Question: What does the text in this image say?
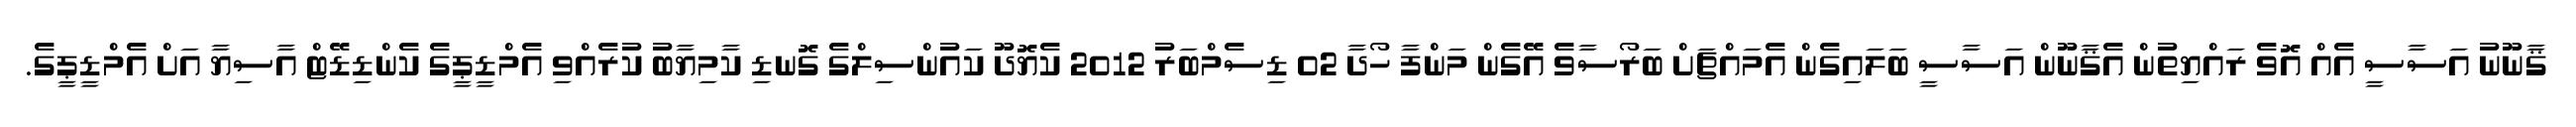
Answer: ޤާނޫނު އަސާސީ އެއް އޮވެ ރައްޔިތުން އެޤާނޫން އަސާސީ ބަލައިގެން އެމައްޗަށް ބަރޯސާވެ އޭގެން މަންފާ ހޯދާ 02 ޑިސެމްބަރު 2012 ކެޔޮދޫ ކައުންސިލްގެ ގޮނޑި ކާމިޔާބު ކުރެއްވި އެމްޑީޕީގެ ކެންޑިޑޭޓް އާސިޔާ އަށް އެމްޑީޕީގެ.